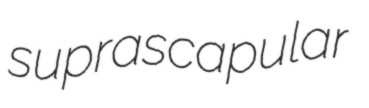
suprascapular